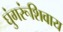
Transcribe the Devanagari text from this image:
घुंगरूंशिवाय